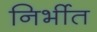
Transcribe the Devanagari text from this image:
निर्भीत